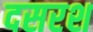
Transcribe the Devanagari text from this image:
दसरश